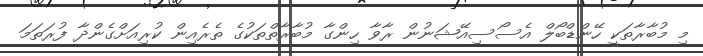
މި މުބާރާތަކީ ހޭންޑްބޯލް އެސޯސިއޭޝަނުން ރާވާ ހިންގާ މުބާރާތްތަކުގެ ތެރެއިން ކުރިއަށްގެންދާ ފުރަތަމަ